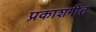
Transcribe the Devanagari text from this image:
प्रकाशगीत